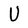
Character: U